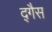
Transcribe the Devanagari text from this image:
द्गैस